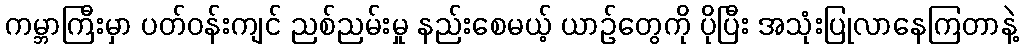
ကမ္ဘာကြီးမှာ ပတ်ဝန်းကျင် ညစ်ညမ်းမှု နည်းစေမယ့် ယာဉ်တွေကို ပိုပြီး အသုံးပြုလာနေကြတာနဲ့